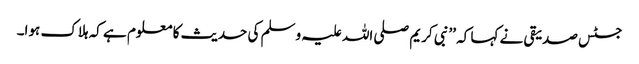
جسٹس صدیقی نے کہا کہ ’’نبی کریم صلی اللہ علیہ وسلم کی حدیث کا معلوم ہے کہ ہلاک ہوا۔